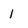
Character: 1